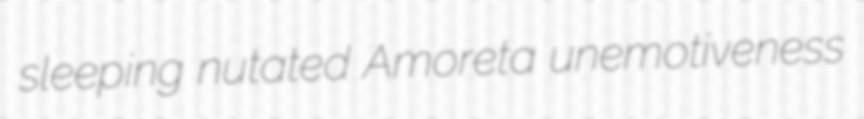
sleeping nutated Amoreta unemotiveness